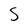
Character: S